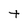
Character: t